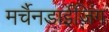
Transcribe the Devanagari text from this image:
मर्चैनडाईज़िंग